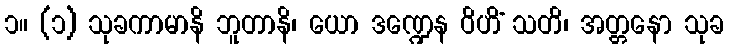
၁။ (၁) သုခကာမာနိ ဘူတာနိ၊ ယော ဒဏ္ဍေန ဝိဟိံ သတိ၊ အတ္တနော သုခ